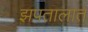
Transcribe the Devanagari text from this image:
झपतालात